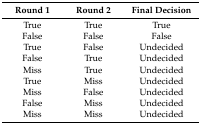
<table><thead><tr><td><b>Round 1</b></td><td><b>Round 2</b></td><td><b>Final Decision</b></td></tr></thead><tbody><tr><td>True </td><td>True</td><td>True</td></tr><tr><td>False</td><td>False</td><td>False</td></tr><tr><td>True</td><td>False</td><td>Undecided</td></tr><tr><td>False</td><td>True</td><td>Undecided</td></tr><tr><td>Miss</td><td>True</td><td>Undecided</td></tr><tr><td>True</td><td>Miss</td><td>Undecided</td></tr><tr><td>Miss</td><td>False</td><td>Undecided</td></tr><tr><td>False</td><td>Miss</td><td>Undecided</td></tr><tr><td>Miss</td><td>Miss</td><td>Undecided</td></tr></tbody></table>